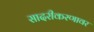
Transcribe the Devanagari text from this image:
सादरीकरणावर